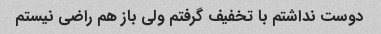
دوست نداشتم با تخفیف گرفتم ولی باز هم راضی نیستم